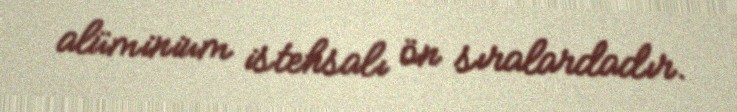
alüminium istehsalı ön sıralardadır.